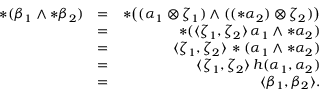
\begin{array} { r l r } { * ( \beta _ { 1 } \wedge * \beta _ { 2 } ) } & { = } & { * \big ( ( \alpha _ { 1 } \otimes \zeta _ { 1 } ) \wedge ( ( * \alpha _ { 2 } ) \otimes \zeta _ { 2 } ) \big ) } \\ & { = } & { * ( \langle \zeta _ { 1 } , \zeta _ { 2 } \rangle \, \alpha _ { 1 } \wedge * \alpha _ { 2 } ) } \\ & { = } & { \langle \zeta _ { 1 } , \zeta _ { 2 } \rangle \, * ( \alpha _ { 1 } \wedge * \alpha _ { 2 } ) } \\ & { = } & { \langle \zeta _ { 1 } , \zeta _ { 2 } \rangle \, h ( \alpha _ { 1 } , \alpha _ { 2 } ) } \\ & { = } & { \langle \beta _ { 1 } , \beta _ { 2 } \rangle . } \end{array}